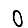
Digit: 0